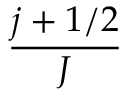
\frac { j + 1 / 2 } { J }